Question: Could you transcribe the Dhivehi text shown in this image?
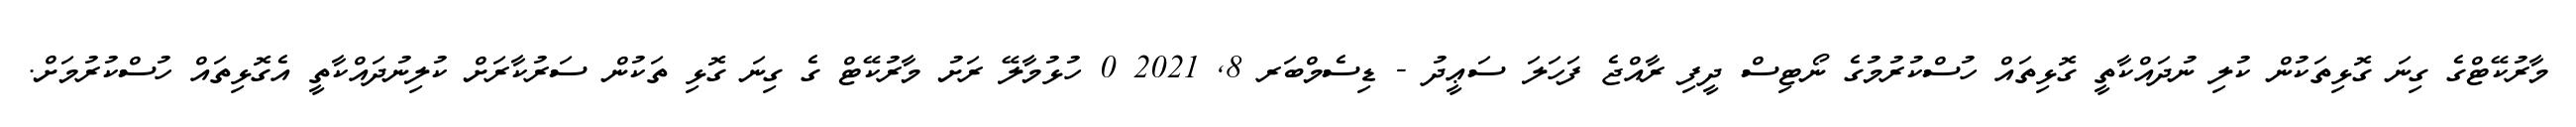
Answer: މާރުކޭޓްގެ ގިނަ ގޮޅިތަކުން ކުލި ނުދައްކާތީ ގޮޅިތައް ހުސްކުރުމުގެ ނޯޓިސް ދީފި ރާއްޖެ ފަހަލަ ސަޢީދު - ޑިސެމްބަރ 8, 2021 0 ހުޅުމާލޭ ރަށު މާރުކޭޓް ގެ ގިނަ ގޮޅި ތަކުން ސަރުކާރަށް ކުލިނުދައްކާތީ އެގޮޅިތައް ހުސްކުރުމަށް.